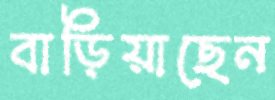
বাড়িয়াছেন